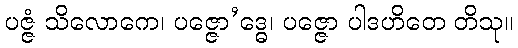
ပဇ္ဇံ သိလောကေ၊ ပဇ္ဇော’ဒ္ဓေ၊ ပဇ္ဇော ပါဒဟိတေ တိသု။